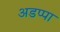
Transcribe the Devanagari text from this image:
अडप्पा